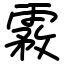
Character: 霚